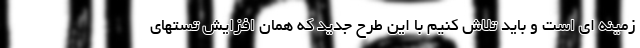
زمینه ای است و باید تلاش کنیم با این طرح جدید که همان افزایش تستهای